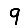
Digit: 9